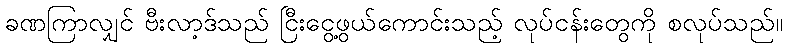
ခဏကြာလျှင် ဗီးလာ့ဒ်သည် ငြီးငွေ့ဖွယ်ကောင်းသည့် လုပ်ငန်းတွေကို စလုပ်သည်။